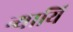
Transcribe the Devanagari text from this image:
न्यायि